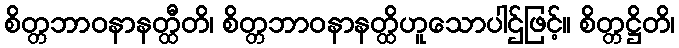
စိတ္တဘာဝနာနတ္ထီတိ၊ စိတ္တဘာဝနာနတ္ထိဟူသောပါဌ်ဖြင့်။ စိတ္တဋ္ဌိတိ၊